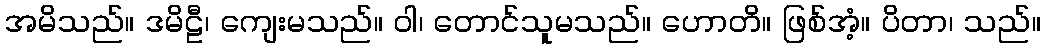
အမိသည်။ ဒမိဠီ၊ ကျေးမသည်။ ဝါ၊ တောင်သူမသည်။ ဟောတိ။ ဖြစ်အံ့။ ပိတာ၊ သည်။